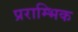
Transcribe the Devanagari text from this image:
प्रराम्भिक